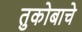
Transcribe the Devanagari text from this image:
तुकोबाचे